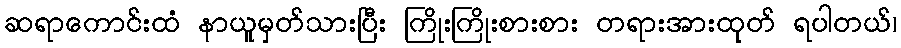
ဆရာကောင်းထံ နာယူမှတ်သားပြီး ကြိုးကြိုးစားစား တရားအားထုတ် ရပါတယ်၊